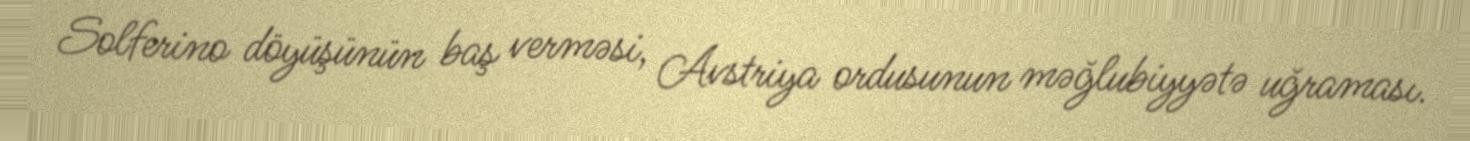
Solferino döyüşünün baş verməsi, Avstriya ordusunun məğlubiyyətə uğraması.